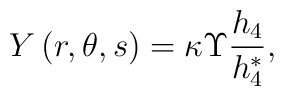
Y\left( r,\theta ,s\right) =\kappa \Upsilon \frac{h_4}{h_4^{*}},